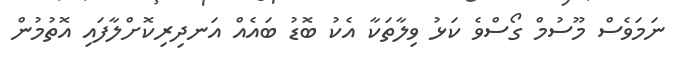
ނަމަވެސް މޫސުމް ގޯސްވެ ކަޅު ވިލާތަކާ އެކު ބޮޑު ބައެއް އަނދިރިކޮށްލާފައި އޮތުމުން